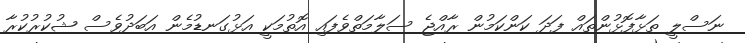
ނަސްލީ ތަޅާފޮޅުންތައް ފަދަ ކަންކަމުން ރާއްޖެ ސަލާމަތްވެފައި އޮތުމަކީ އަޅުގަނޑުމެން އަބަދުވެސް ޝުކުރުކުރާ